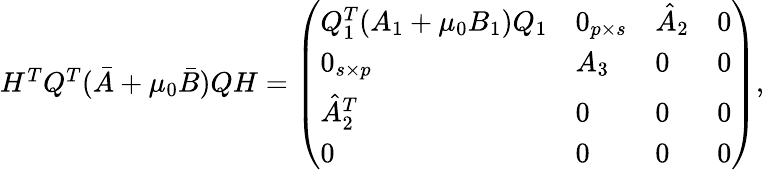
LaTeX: \begin{array}{r}{H^{T}Q^{T}(\bar{A}+\mu_{0}\bar{B})QH=\left(\begin{array}{llll}{Q_{1}^{T}(A_{1}+\mu_{0}B_{1})Q_{1}}&{0_{p\times s}}&{\hat{A}_{2}}&{0}\\ {0_{s\times p}}&{A_{3}}&{0}&{0}\\ {\hat{A}_{2}^{T}}&{0}&{0}&{0}\\ {0}&{0}&{0}&{0}\end{array}\right),}\end{array}